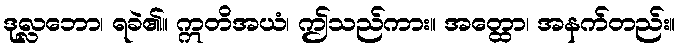
ဒုလ္လဘော၊ ရခဲ၏။ ဣတိအယံ၊ ဤသည်ကား။ အတ္ထော၊ အနက်တည်း။